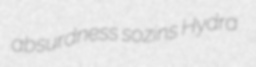
absurdness sozins Hydra